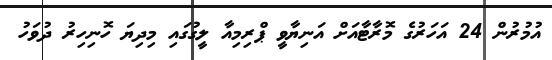
އުމުރުން 24 އަހަރުގެ މޮރާޓާއަށް އަނިޔާވީ ޕްރިމިއާ ލީގުގައި މިދިޔަ ހޮނިހިރު ދުވަހު